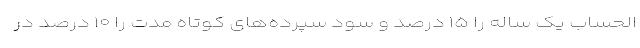
الحساب یک ساله را ۱۵ درصد و سود سپرده‌های کوتاه مدت را ۱۰ درصد در